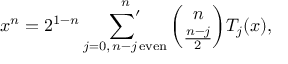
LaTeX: x ^ { n } = 2 ^ { 1 - n } \mathop { { \sum } ^ { \prime } } _ { j = 0 , \, n - j \, \mathrm { e v e n } } ^ { n } { \binom { n } { \frac { n - j } { 2 } } } T _ { j } ( x ) ,